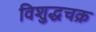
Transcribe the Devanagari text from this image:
विशुद्धचक्र